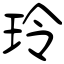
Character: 玲